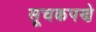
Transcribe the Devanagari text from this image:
सूचकपणे